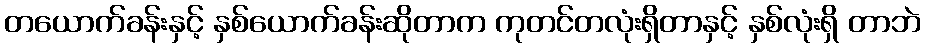
တယောက်ခန်းနှင့် နှစ်ယောက်ခန်းဆိုတာက ကုတင်တလုံးရှိတာနှင့် နှစ်လုံးရှိ တာဘဲ